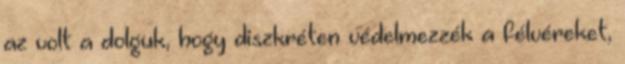
az volt a dolguk, hogy diszkréten védelmezzék a félvéreket,